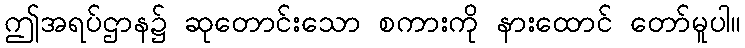
ဤအရပ်ဌာန၌ ဆုတောင်းသော စကားကို နားထောင် တော်မူပါ။